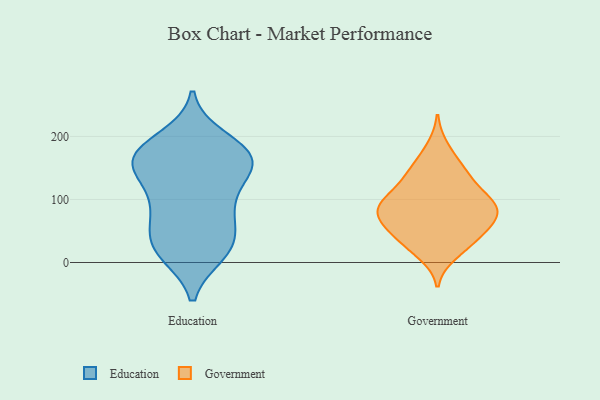
{"axis": {"x": "Latency (ms)", "y": "Value"}, "legend": ["Education", "Government"], "data": [{"x": "", "y": 197, "type": "Education"}, {"x": "", "y": 186, "type": "Education"}, {"x": "", "y": 168, "type": "Education"}, {"x": "", "y": 158, "type": "Education"}, {"x": "", "y": 160, "type": "Education"}, {"x": "", "y": 59, "type": "Education"}, {"x": "", "y": 37, "type": "Education"}, {"x": "", "y": 106, "type": "Education"}, {"x": "", "y": 162, "type": "Education"}, {"x": "", "y": 140, "type": "Education"}, {"x": "", "y": 97, "type": "Education"}, {"x": "", "y": 67, "type": "Education"}, {"x": "", "y": 146, "type": "Education"}, {"x": "", "y": 92, "type": "Education"}, {"x": "", "y": 17, "type": "Education"}, {"x": "", "y": 175, "type": "Education"}, {"x": "", "y": 166, "type": "Education"}, {"x": "", "y": 14, "type": "Education"}, {"x": "", "y": 17, "type": "Education"}, {"x": "", "y": 29, "type": "Education"}, {"x": "", "y": 88, "type": "Government"}, {"x": "", "y": 151, "type": "Government"}, {"x": "", "y": 149, "type": "Government"}, {"x": "", "y": 182, "type": "Government"}, {"x": "", "y": 111, "type": "Government"}, {"x": "", "y": 77, "type": "Government"}, {"x": "", "y": 123, "type": "Government"}, {"x": "", "y": 49, "type": "Government"}, {"x": "", "y": 78, "type": "Government"}, {"x": "", "y": 54, "type": "Government"}, {"x": "", "y": 29, "type": "Government"}, {"x": "", "y": 46, "type": "Government"}, {"x": "", "y": 94, "type": "Government"}, {"x": "", "y": 99, "type": "Government"}, {"x": "", "y": 87, "type": "Government"}, {"x": "", "y": 77, "type": "Government"}, {"x": "", "y": 73, "type": "Government"}, {"x": "", "y": 134, "type": "Government"}, {"x": "", "y": 14, "type": "Government"}, {"x": "", "y": 28, "type": "Government"}]}